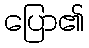
ပြော၏